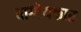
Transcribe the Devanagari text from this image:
वाग्गेयकार